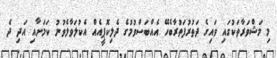
މި މަޝްވަރާތަކުގައި ވައިގެ ދަތުރުފަތުރާބެހޭ އެއްބަސްވުމުގެ ދެލިކޮޕީއެއް އެކުލަވާލެވުނު ކަމަށާއި އަދި ދެ